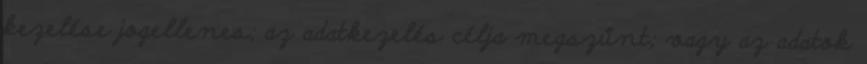
kezelése jogellenes; az adatkezelés célja megszűnt; vagy az adatok